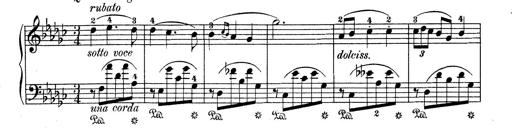
Title: 6 Polish Songs
Composer: Franz Liszt